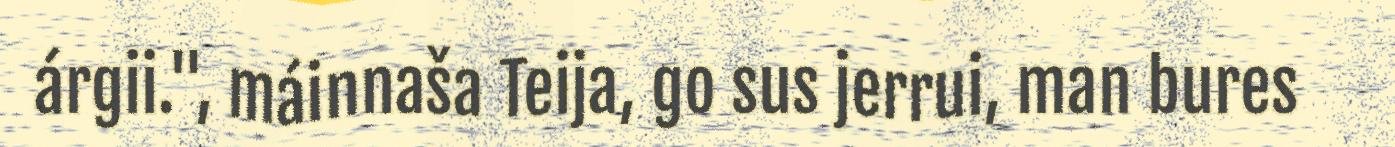
árgii.", máinnaša Teija, go sus jerrui, man bures